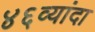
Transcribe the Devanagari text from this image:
४६व्यांदा